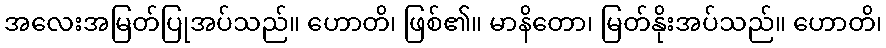
အလေးအမြတ်ပြုအပ်သည်။ ဟောတိ၊ ဖြစ်၏။ မာနိတော၊ မြတ်နိုးအပ်သည်။ ဟောတိ၊